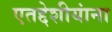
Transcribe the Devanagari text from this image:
एतद्देशीयांना